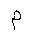
Letter: _mim